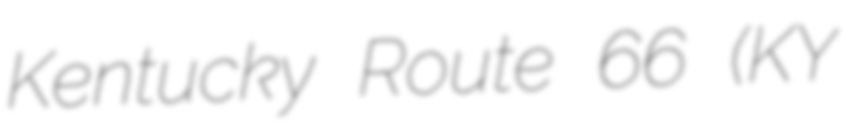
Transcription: Kentucky Route 66 (KY